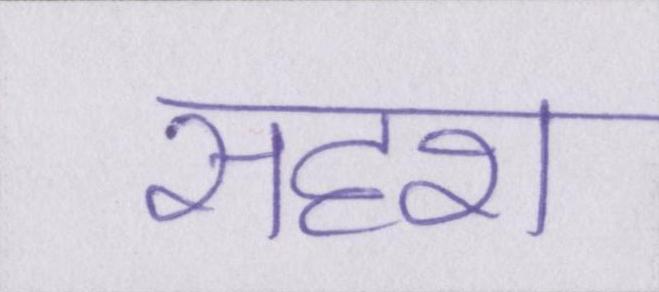
सदृश